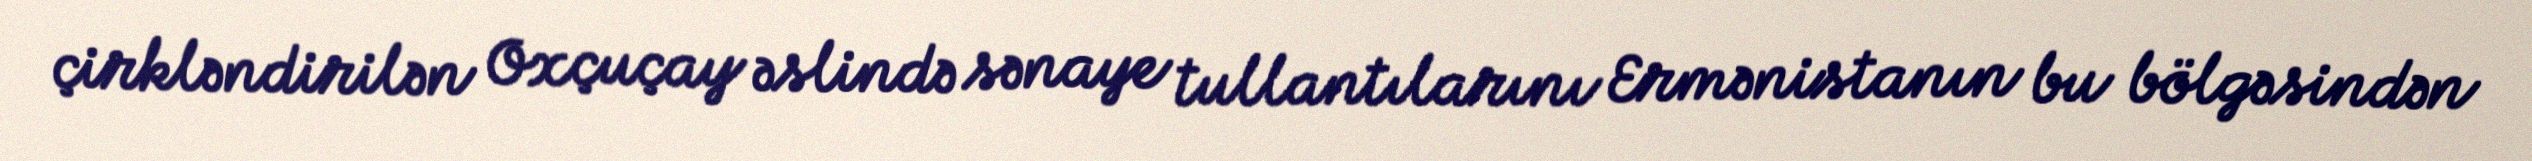
çirkləndirilən Oxçuçay əslində sənaye tullantılarını Ermənistanın bu bölgəsindən